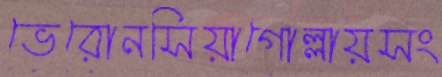
ভেরোনসিয়াগোল্লায়সং